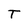
Character: T